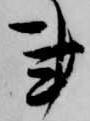
事